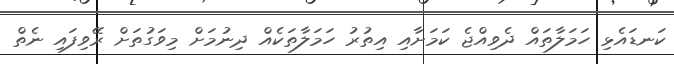
ކަނޑައެޅި ހަމަލާތައް ދެވިއްޖެ ކަމަށާއި އިތުރު ހަމަލާތަކެއް ދިނުމަށް މިވަގުތަށް ރޭވިފައި ނެތް